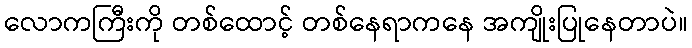
လောကကြီးကို တစ်ထောင့် တစ်နေရာကနေ အကျိုးပြုနေတာပဲ။